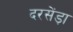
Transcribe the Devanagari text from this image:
दरसेंड़ा